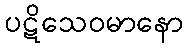
ပဋိသေဝမာနော